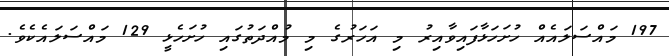
197 މައްސަލައެއް ހުށަހަޅާފައިވާއިރު މި އަހަރުގެ މި މުއްދަތުގައި ހުށަހެޅީ 129 މައްސަލައެކެވެ.